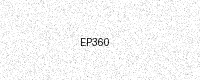
Text: EP360